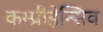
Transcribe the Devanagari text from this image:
कम्प्रीहेन्सिव